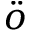
\ddot { o }